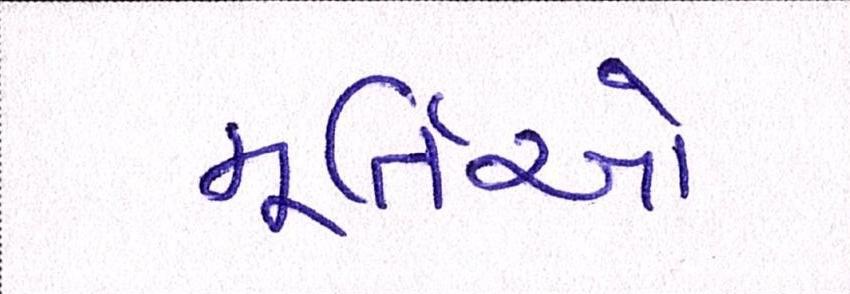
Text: મૂર્તિઓ